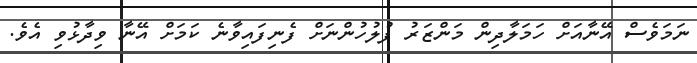
ނަމަވެސް އޭނާއަށް ހަމަލާދިން މަންޒަރު ފުލުހުންނަށް ފެނިފައިވާނެ ކަމަށް އޭނާ ވިދާޅުވި އެވެ.